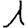
Digit: 1